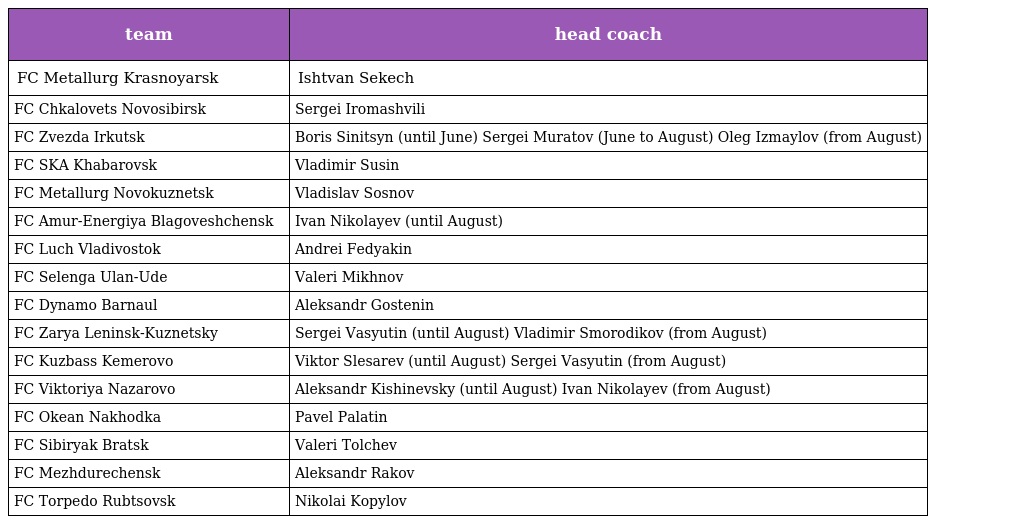
| team | head coach |
 | --- | --- |
 | FC Metallurg Krasnoyarsk | Ishtvan Sekech |
 | FC Chkalovets Novosibirsk | Sergei Iromashvili |
 | FC Zvezda Irkutsk | Boris Sinitsyn (until June) Sergei Muratov (June to August) Oleg Izmaylov (from August) |
 | FC SKA Khabarovsk | Vladimir Susin |
 | FC Metallurg Novokuznetsk | Vladislav Sosnov |
 | FC Amur-Energiya Blagoveshchensk | Ivan Nikolayev (until August) |
 | FC Luch Vladivostok | Andrei Fedyakin |
 | FC Selenga Ulan-Ude | Valeri Mikhnov |
 | FC Dynamo Barnaul | Aleksandr Gostenin |
 | FC Zarya Leninsk-Kuznetsky | Sergei Vasyutin (until August) Vladimir Smorodikov (from August) |
 | FC Kuzbass Kemerovo | Viktor Slesarev (until August) Sergei Vasyutin (from August) |
 | FC Viktoriya Nazarovo | Aleksandr Kishinevsky (until August) Ivan Nikolayev (from August) |
 | FC Okean Nakhodka | Pavel Palatin |
 | FC Sibiryak Bratsk | Valeri Tolchev |
 | FC Mezhdurechensk | Aleksandr Rakov |
 | FC Torpedo Rubtsovsk | Nikolai Kopylov |